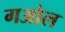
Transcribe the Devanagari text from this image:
गओल